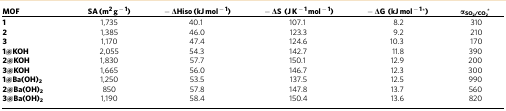
<table><thead><tr><td><b>MOF</b></td><td><b>SA (m<sup>2</sup> g<sup>−1</sup>)</b></td><td><b>−ΔHiso (kJ mol<sup>−1</sup>)</b></td><td><b>−ΔS (J K<sup>−1</sup> mol<sup>−1</sup>)</b></td><td><b>−ΔG (kJ mol<sup>−1</sup>*)</b></td><td><b>α<sub>SO<sub>2</sub></sub><sub>/CO<sub>2</sub></sub>*</b></td></tr></thead><tbody><tr><td><b>1</b></td><td>1,735</td><td>40.1</td><td>107.1</td><td>8.2</td><td>310</td></tr><tr><td><b>2</b></td><td>1,385</td><td>46.0</td><td>123.3</td><td>9.2</td><td>210</td></tr><tr><td><b>3</b></td><td>1,170</td><td>47.4</td><td>124.6</td><td>10.3</td><td>170</td></tr><tr><td><b>1@KOH</b></td><td>2,055</td><td>54.3</td><td>142.7</td><td>11.8</td><td>390</td></tr><tr><td><b>2@KOH</b></td><td>1,830</td><td>57.7</td><td>150.1</td><td>12.9</td><td>200</td></tr><tr><td><b>3@KOH</b></td><td>1,665</td><td>56.0</td><td>146.7</td><td>12.3</td><td>300</td></tr><tr><td><b>1@Ba(OH)</b><sub><b>2</b></sub></td><td>1,250</td><td>53.5</td><td>137.5</td><td>12.5</td><td>990</td></tr><tr><td><b>2@Ba(OH)</b><sub><b>2</b></sub></td><td>850</td><td>57.8</td><td>147.8</td><td>13.7</td><td>560</td></tr><tr><td><b>3@Ba(OH)</b><sub><b>2</b></sub></td><td>1,190</td><td>58.4</td><td>150.4</td><td>13.6</td><td>820</td></tr></tbody></table>